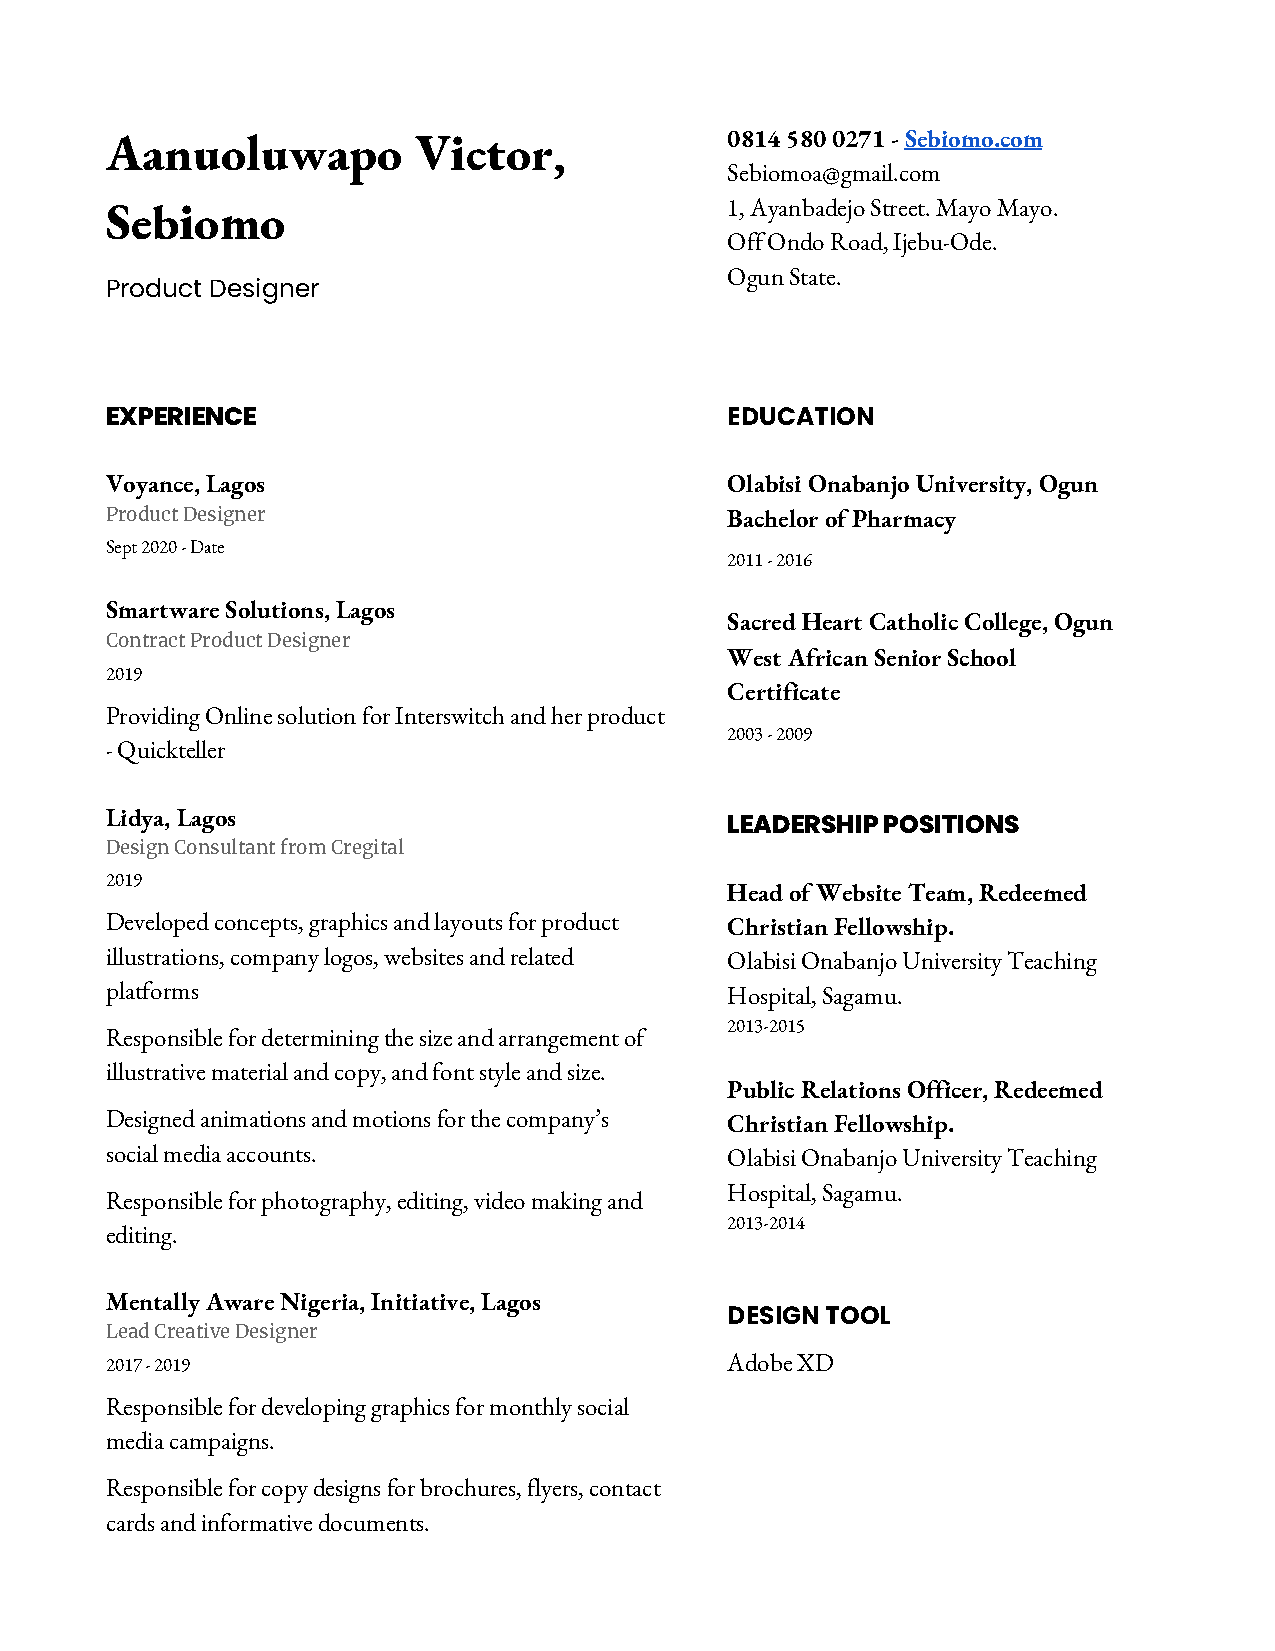
Aanuoluwapo         Victor,              0814 580 0271 - ​Sebiomo.com
 Sebiomoa@gmail.com
 Sebiomo                                  1, Ayanbadejo Street. Mayo Mayo.
 Off Ondo Road, Ijebu-Ode.
 Ogun State.
 Product Designer
 EXPERIENCE                               EDUCATION
 Voyance, Lagos                           Olabisi Onabanjo University, Ogun
 Product Designer                         Bachelor of Pharmacy
 Sept 2020 - Date
 2011 - 2016
 Smartware Solutions, Lagos
 Sacred Heart Catholic College, Ogun
 Contract Product Designer
 West African Senior School
 2019
 Certificate
 Providing Online solution for Interswitch and her product
 2003 - 2009
 - Quickteller
 Lidya, Lagos
 LEADERSHIP POSITIONS
 Design Consultant from Cregital
 2019
 Head of Website Team, Redeemed
 Developed concepts, graphics and layouts for product Christian Fellowship.
 illustrations, company logos, websites and related Olabisi Onabanjo University Teaching
 platforms                                Hospital, Sagamu.
 2013-2015
 Responsible for determining the size and arrangement of
 illustrative material and copy, and font style and size.
 Public Relations Officer, Redeemed
 Designed animations and motions for the company’s Christian Fellowship.
 social media accounts.                   Olabisi Onabanjo University Teaching
 Hospital, Sagamu.
 Responsible for photography, editing, video making and
 2013-2014
 editing.
 Mentally Aware Nigeria, Initiative, Lagos
 DESIGN TOOL
 Lead Creative Designer
 2017 - 2019                              Adobe XD
 Responsible for developing graphics for monthly social
 media campaigns.
 Responsible for copy designs for brochures, flyers, contact
 cards and informative documents.